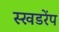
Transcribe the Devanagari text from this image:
स्खडरेंप